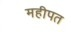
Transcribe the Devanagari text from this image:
महीपत